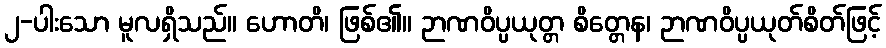
၂-ပါးသော မူလရှိသည်။ ဟောတိ၊ ဖြစ်၏။ ဉာဏဝိပ္ပယုတ္တ စိတ္တေန၊ ဉာဏဝိပ္ပယုတ်စိတ်ဖြင့်